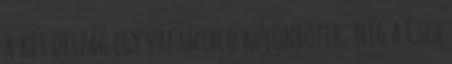
a két ország egy valamiben különbözik. Míg a Cseh